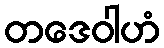
တဒေဝါဟံ